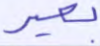
بعير